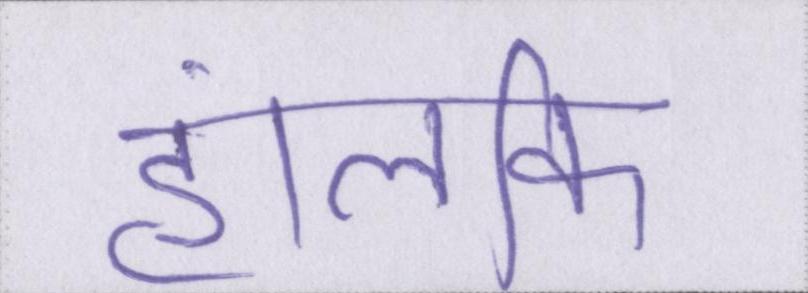
हालंकि